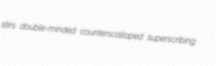
stirs double-minded counterscalloped superscribing